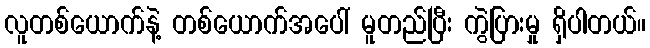
လူတစ်ယောက်နဲ့ တစ်ယောက်အပေါ် မူတည်ပြီး ကွဲပြားမှု ရှိပါတယ်။